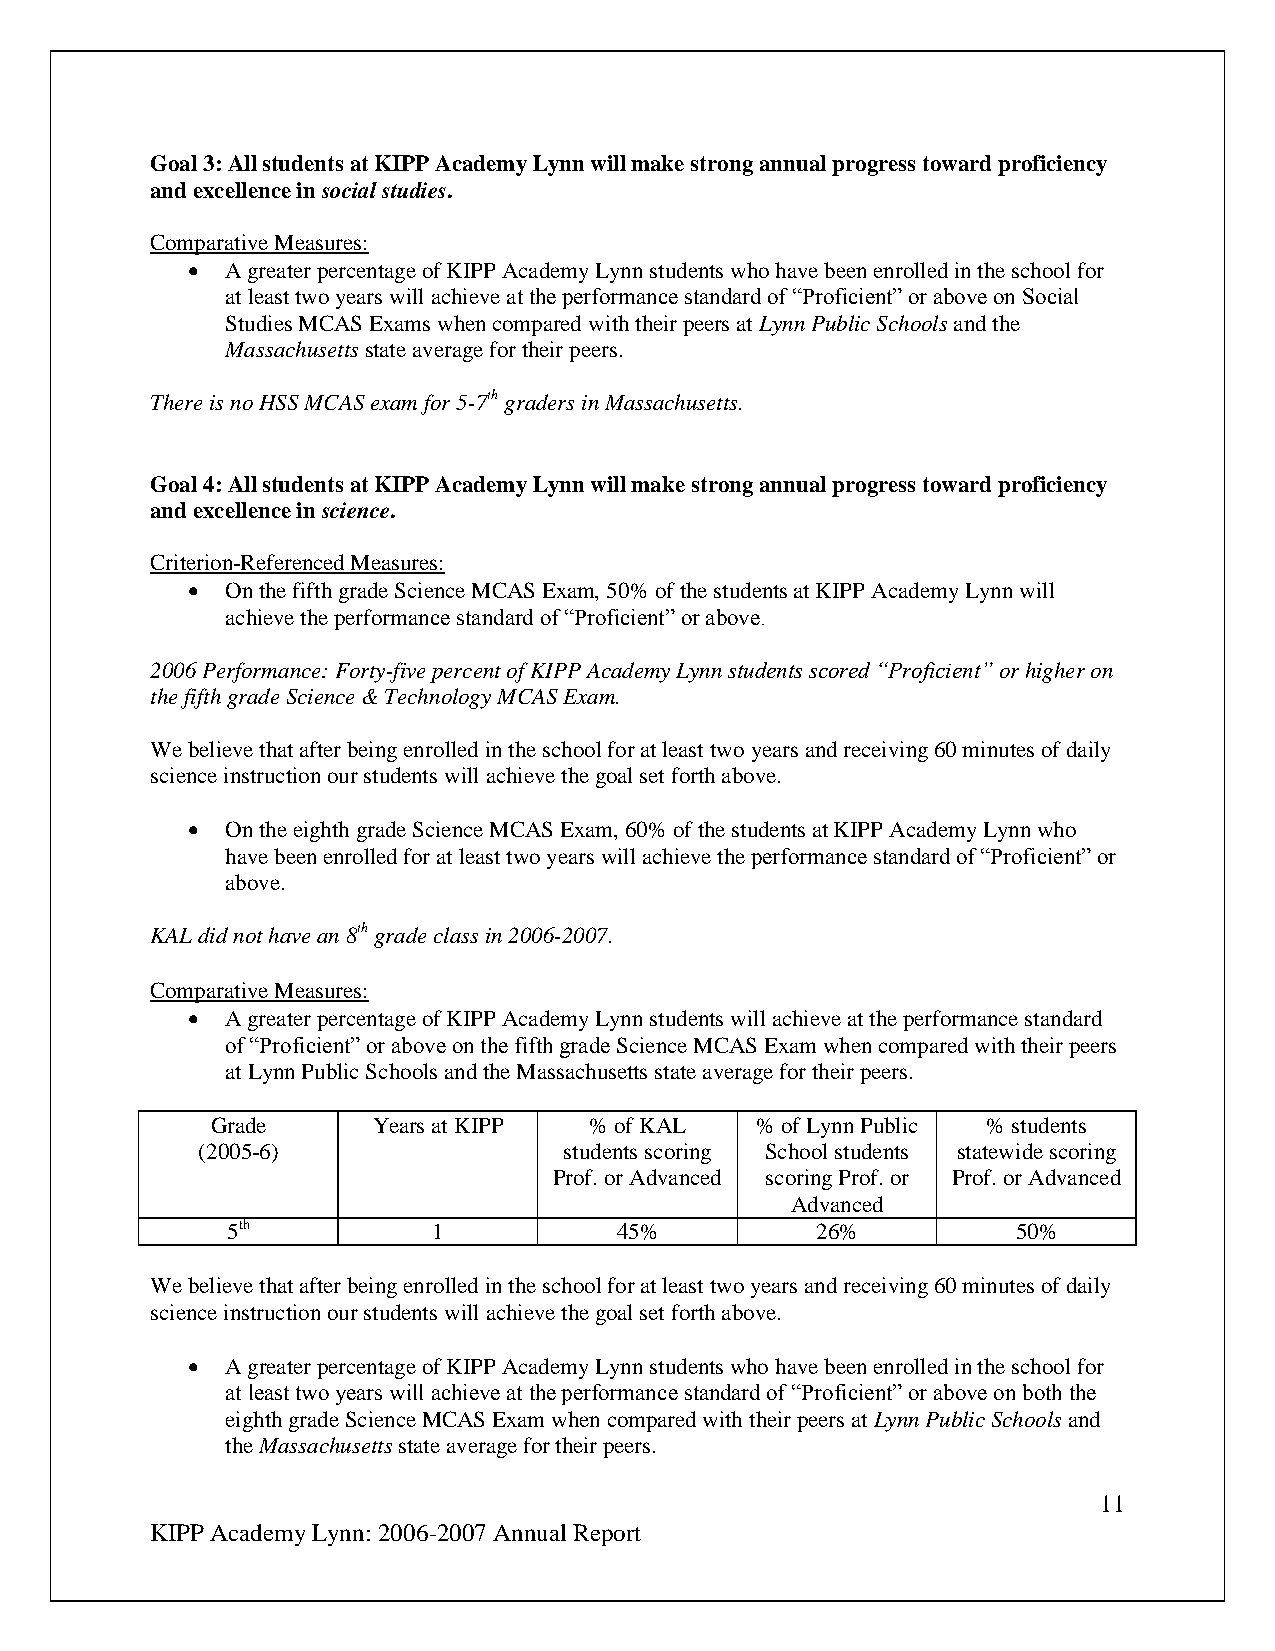
Goal 3: All students at KIPP Academy Lynn will make strong annual progress toward proficiency
 and excellence in social studies.
 Comparative Measures:
   A greater percentage of KIPP Academy Lynn students who have been enrolled in the school for
 at least two years will achieve at the performance standard of “Proficient” or above on Social
 Studies MCAS Exams when compared with their peers at Lynn Public Schools and the
 Massachusetts state average for their peers.
 There is no HSS MCAS exam for 5-7th graders in Massachusetts.
 Goal 4: All students at KIPP Academy Lynn will make strong annual progress toward proficiency
 and excellence in science.
 Criterion-Referenced Measures:
   On the fifth grade Science MCAS Exam, 50% of the students at KIPP Academy Lynn will
 achieve the performance standard of “Proficient” or above.
 2006 Performance: Forty-five percent of KIPP Academy Lynn students scored “Proficient” or higher on
 the fifth grade Science & Technology MCAS Exam.
 We believe that after being enrolled in the school for at least two years and receiving 60 minutes of daily
 science instruction our students will achieve the goal set forth above.
   On the eighth grade Science MCAS Exam, 60% of the students at KIPP Academy Lynn who
 have been enrolled for at least two years will achieve the performance standard of “Proficient” or
 above.
 KAL did not have an 8th grade class in 2006-2007.
 Comparative Measures:
   A greater percentage of KIPP Academy Lynn students will achieve at the performance standard
 of “Proficient” or above on the fifth grade Science MCAS Exam when compared with their peers
 at Lynn Public Schools and the Massachusetts state average for their peers.
 Grade      Years at KIPP % of KAL   % of Lynn Public % students
 (2005-6)                students scoring School students statewide scoring
 Prof. or Advanced scoring Prof. or Prof. or Advanced
 Advanced
 5th           1           45%          26%          50%
 We believe that after being enrolled in the school for at least two years and receiving 60 minutes of daily
 science instruction our students will achieve the goal set forth above.
   A greater percentage of KIPP Academy Lynn students who have been enrolled in the school for
 at least two years will achieve at the performance standard of “Proficient” or above on both the
 eighth grade Science MCAS Exam when compared with their peers at Lynn Public Schools and
 the Massachusetts state average for their peers.
 11
 KIPP Academy Lynn: 2006-2007 Annual Report